kultuurilooline_kollektsioon, lk 70
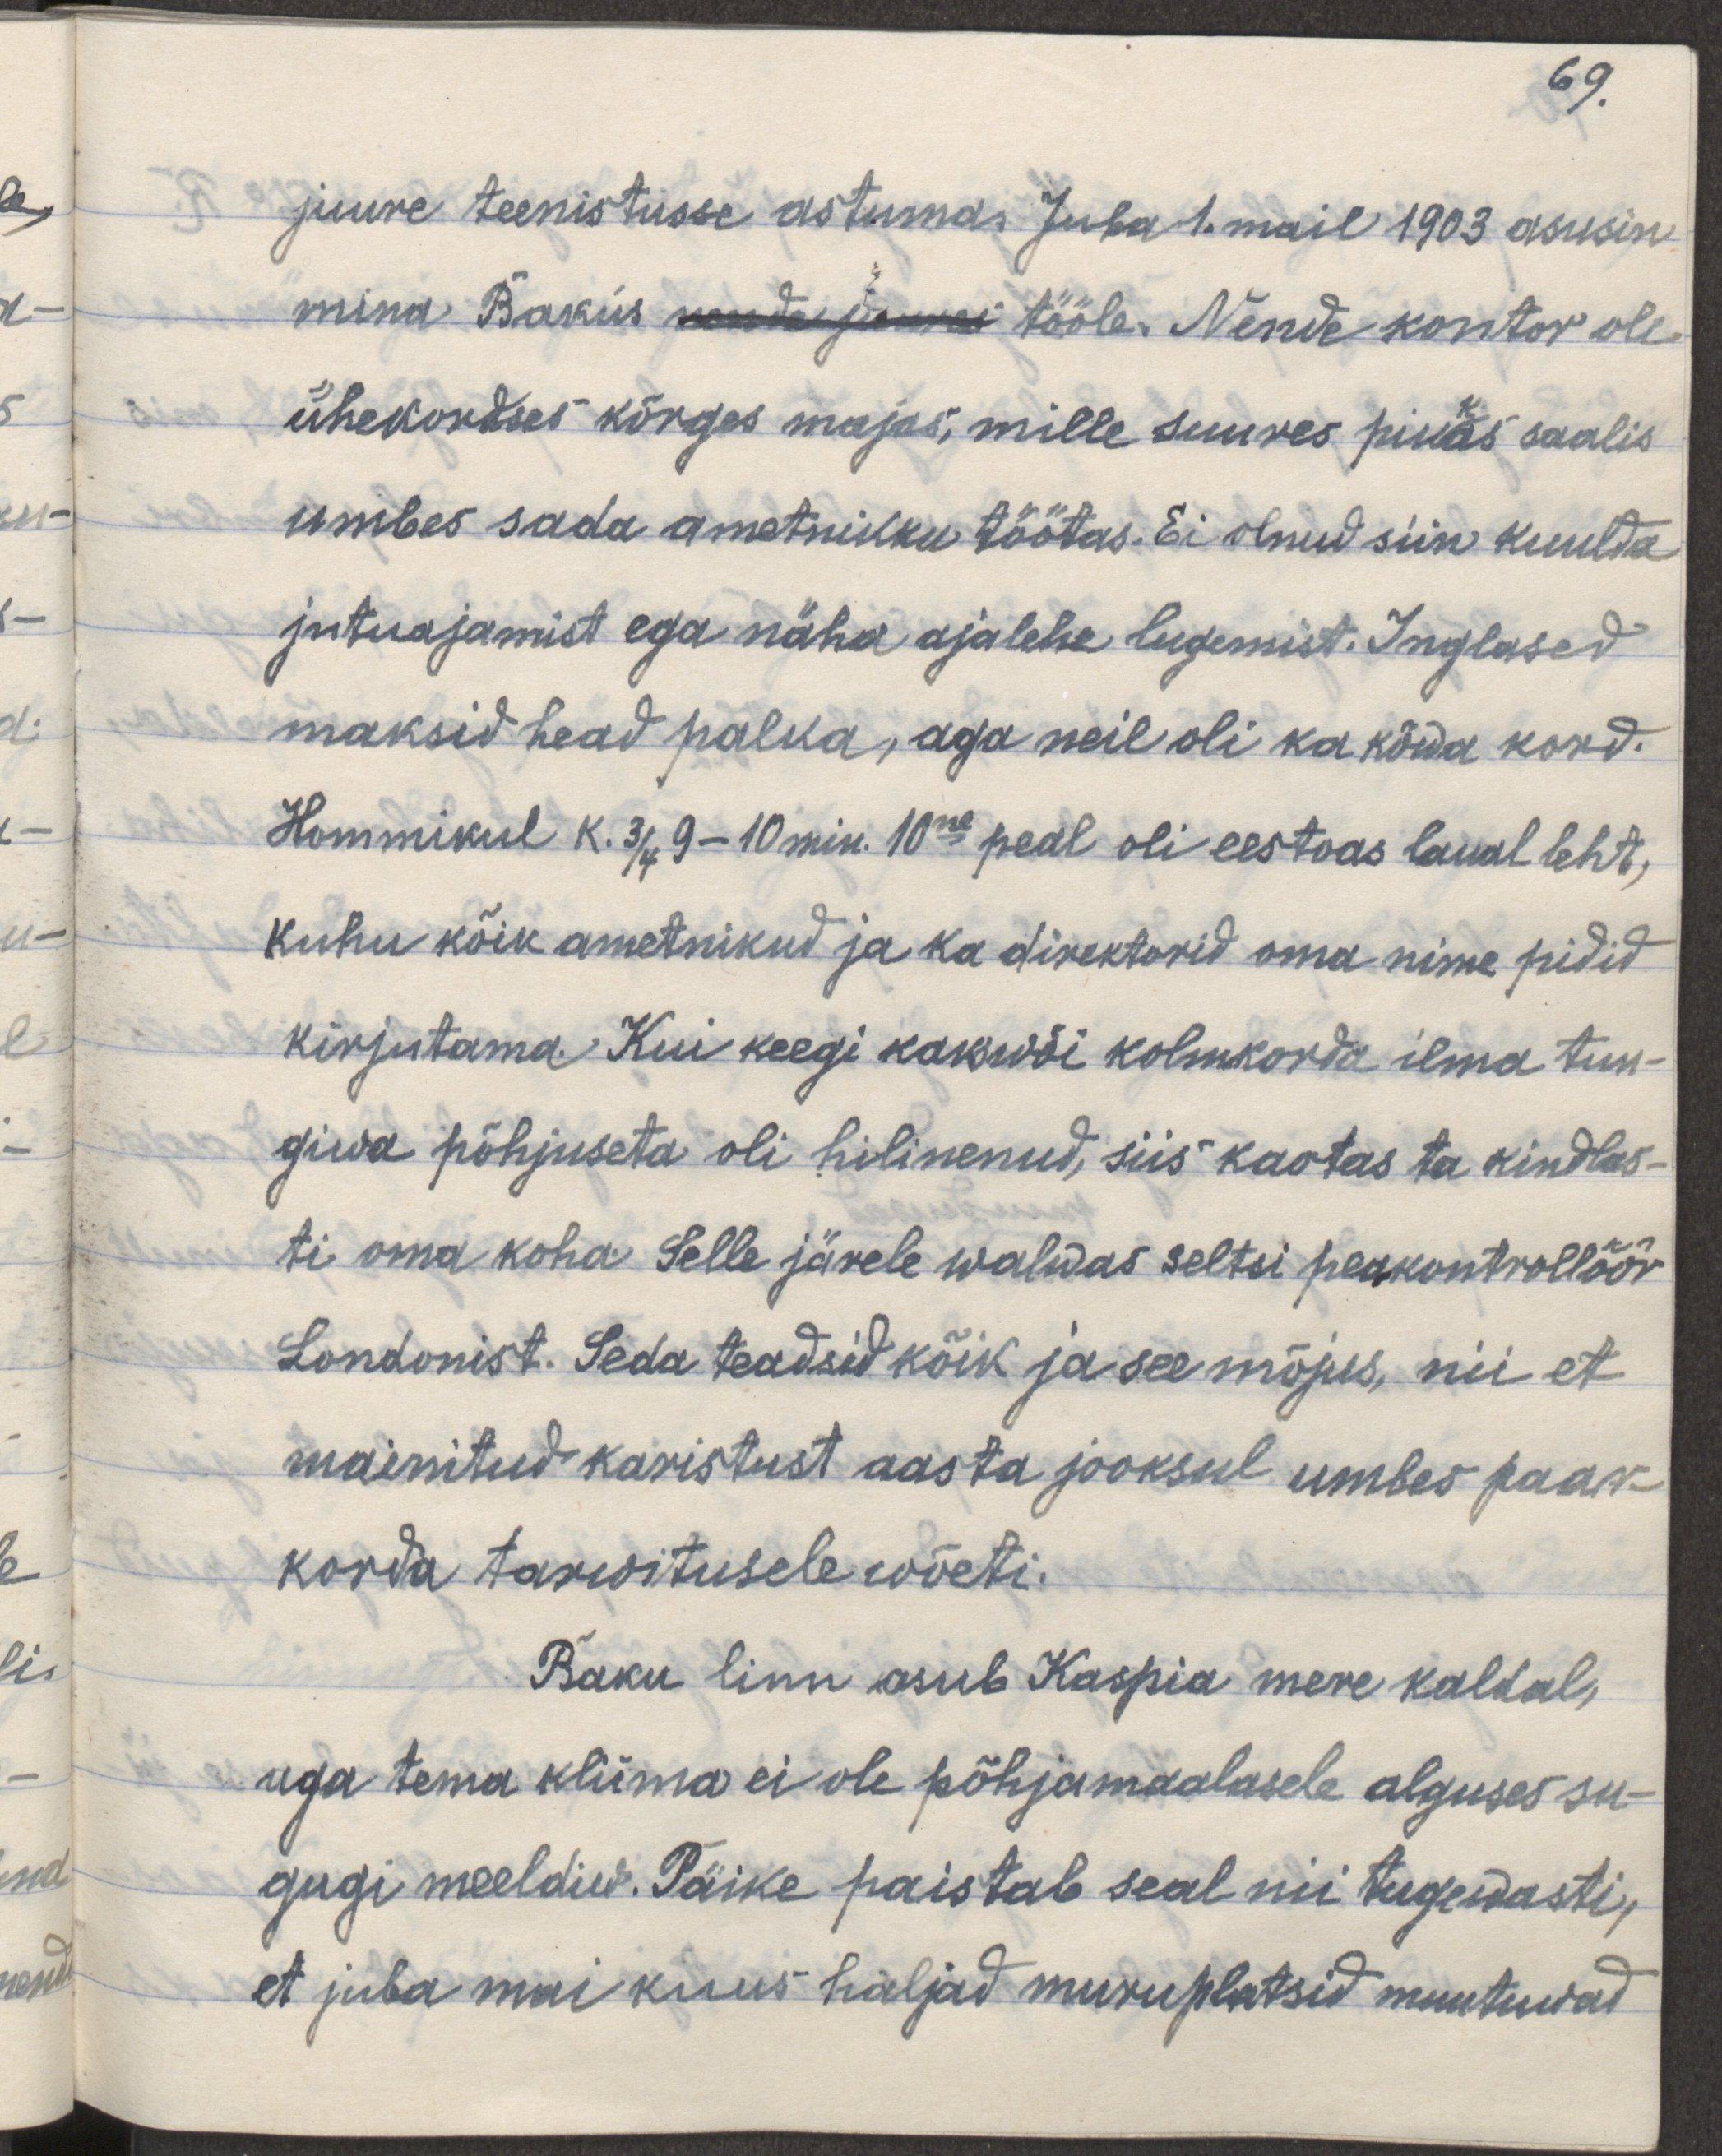
69.
juure teenistusse astumas. Juba 1.mail 1903 asusin
mina Bakus nende juures tööle. Nende kontor oli
ühekordselt kõrges majas, mille suures pikas saalis
umbes sada ametnikku töötas. Ei olnud siin kuulda
jutuajamist ega näha ajalehe lugemist. Inglased
maksid head palka, aga neil oli ka kõwa kord.
Hommikul k. 3/4 9- 10 min. 10ne peal oli eestoas laual leht,
kuhu kõik ametnikud ja ka direktorid oma nime pidid
kirjutama. Kui keegi kaswõi kolmkorda ilma tun-
giwa põhjuseta oli hilinenud, siis kaotas ta kindlas-
ti oma kohe. Selle järele walvas seltsi peakontrollöör
Londonist. Seda teadsid kõik ja see mõjus nii, et
mainitud karistust aasta jooksul umbes paar
korda tarwitusele wõeti.
Baku linn asub Kaspia mere kaldal,
aga tema kliima ei ole põhjamaalasele alguses su-
gugi meeldiw. Päike paistab seal nii tugewasti,
et juba mai kuus haljad muruplastid muutuwad